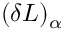
( \delta L ) _ { \alpha }